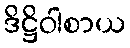
ဒိဋ္ဌိဝါစာယ